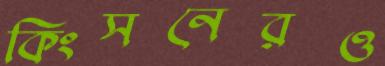
কিংসনেরও